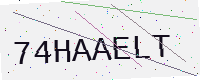
Text: 74HAAELT